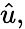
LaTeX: \hat{u},